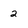
Character: 2